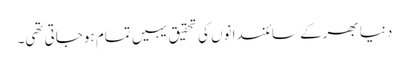
دنیا بھرکے سائنسدانوں کی تحقیق یہیں تمام ہوجاتی تھی۔